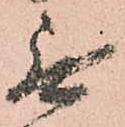
無